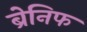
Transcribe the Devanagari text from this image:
ब्रेनिफ